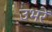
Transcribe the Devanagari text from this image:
उभरें